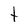
Character: t